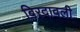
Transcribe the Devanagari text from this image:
बिरदावली